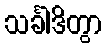
သင်္ခါဒိတွာ